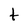
Character: t